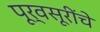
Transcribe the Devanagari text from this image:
पूर्वसूरींचे